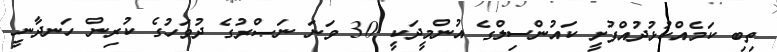
ތިބި ކަމެއްކުޅުދުއްފުށީ ކައުންސިލްގެ އުންމީދަކީ 30 ވަނަ ނަޞްރުގެ ދުވަހުގެ ކުރިން ހަނދާނީ